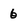
Character: 6